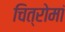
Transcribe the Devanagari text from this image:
चित्रोमां